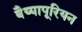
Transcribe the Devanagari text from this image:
बैय्यापूरियन